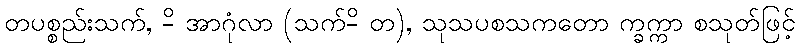
တပစ္စည်းသက်, -ိ အာဂုံလာ (သက်-ိ တ), သုသပစသကတော က္ခက္ကာ စသုတ်ဖြင့်